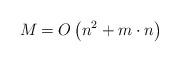
LaTeX: \begin{align*}M_{} = O\left(n^2 + m\cdot n\right)\end{align*}